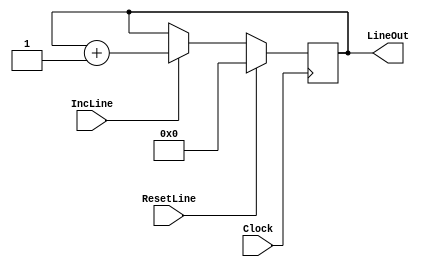
module linecounter(IncLine, ResetLine, Clock, LineOut);
input IncLine,ResetLine,Clock;
wire IncLine,ResetLine,Clock;
output [3:0] LineOut;
reg [3:0] LineOut;

initial
begin
LineOut <= 0;
end

always @(posedge Clock)
begin
if (IncLine==1)
	LineOut <= LineOut + 1;
if (ResetLine==1) 
	LineOut<= 0;
end
endmodule